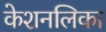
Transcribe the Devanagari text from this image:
केशनलिका